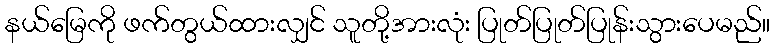
နယ်မြေကို ဖက်တွယ်ထားလျှင် သူတို့အားလုံး ပြုတ်ပြုတ်ပြုန်းသွားပေမည်။